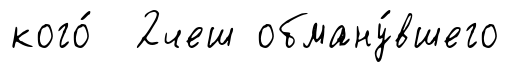
кого́ 2чеш обману́вшего